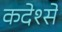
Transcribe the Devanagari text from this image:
कदेश्से